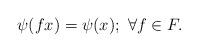
LaTeX: \begin{align*} \psi(fx)=\psi(x); \ \forall f \in F. \end{align*}